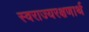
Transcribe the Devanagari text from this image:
स्वराज्यरक्षणार्थ